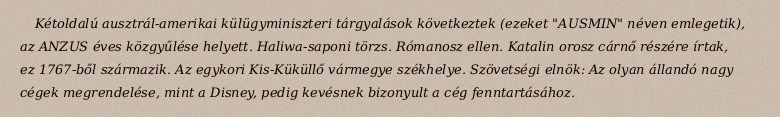
Kétoldalú ausztrál-amerikai külügyminiszteri tárgyalások következtek (ezeket "AUSMIN" néven emlegetik), az ANZUS éves közgyűlése helyett. Haliwa-saponi törzs. Rómanosz ellen. Katalin orosz cárnő részére írtak, ez 1767-ből származik. Az egykori Kis-Küküllő vármegye székhelye. Szövetségi elnök: Az olyan állandó nagy cégek megrendelése, mint a Disney, pedig kevésnek bizonyult a cég fenntartásához.